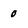
Character: o